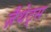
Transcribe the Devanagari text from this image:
ज़ैथेट्स